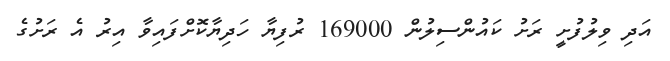
އަދި ވިލުފުށީ ރަށު ކައުންސިލުން 169000 ރުފިޔާ ހަދިޔާކޮށްފައިވާ އިރު އެ ރަށުގެ